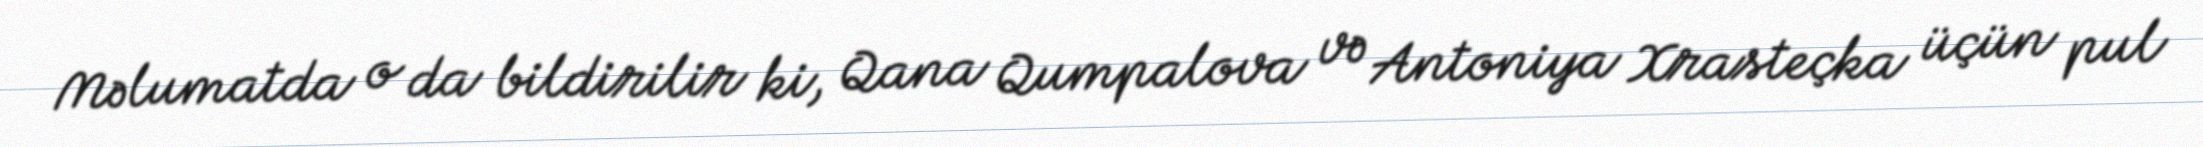
Məlumatda o da bildirilir ki, Qana Qumpalova və Antoniya Xrasteçka üçün pul